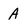
Character: A